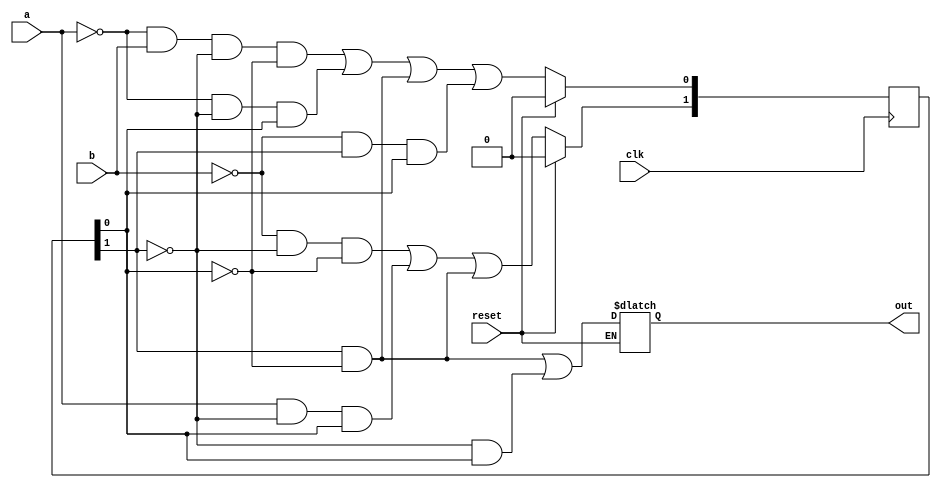
`timescale 1ns / 1ps
//////////////////////////////////////////////////////////////////////////////////
// Company: 
// Engineer: 
// 
// Design Name: 
// Module Name:    state_machine 
// Project Name: 
// Target Devices: 
// Tool versions: 
// Description: 
//
// Dependencies: 
//
// Revision: 
// Revision 0.01 - File Created
// Additional Comments: 
//
//////////////////////////////////////////////////////////////////////////////////
module state_machine(clk, reset, a, b, out);
	input clk, reset, a, b;
	output out;
	
	reg [1:0] ps = 2'b00;
	reg [1:0] ns;
	reg out;
	
	always @(posedge clk)
		ps <= ns;
		
	always @(a,b,reset) begin
		if(reset) 
			ns =0;
		else begin
			ns[1]= ~b & ~ps[1] & ~ps[0] | a & ~ps[1]& ps[0] | ps[1] & ~ps[0];
			out = ~ps[0] & ps[1] | ~ps[1] & ps[0];
			ns[0] = ~a & b & ~ps[1] & ~ps[0] | ~a & ~ps[1] & ps[0] | ps[1] & 
			~ps[0] | ~b & ps[1] & ps[0];
		end
	end

endmodule